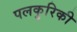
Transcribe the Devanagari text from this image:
पलकुरिकी